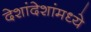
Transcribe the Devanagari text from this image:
देशांदेशांमध्ये